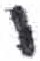
אות: י